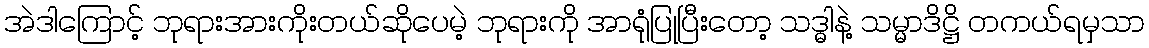
အဲဒါကြောင့် ဘုရားအားကိုးတယ်ဆိုပေမဲ့ ဘုရားကို အာရုံပြုပြီးတော့ သဒ္ဓါနဲ့ သမ္မာဒိဋ္ဌိ တကယ်ရမှသာ